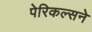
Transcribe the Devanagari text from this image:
पेरिकल्सने